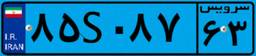
۸۵S۰۸۷۶۳